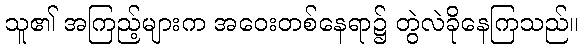
သူ၏ အကြည့်များက အဝေးတစ်နေရာ၌ တွဲလဲခိုနေကြသည်။